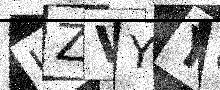
Text: LZVYYC